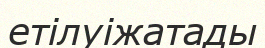
етілуіжатады